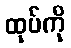
ထုပ်ကို